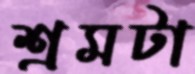
শ্রমটা